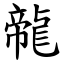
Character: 㡣